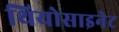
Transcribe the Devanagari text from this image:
थियोसाइनेट